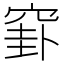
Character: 𥦛